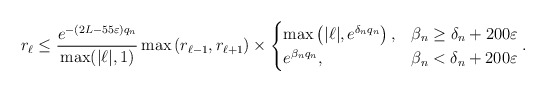
\begin{align*}r_{\ell} \leq \frac{e^{-( 2L-55 \varepsilon) q_{n}}}{\max (|\ell|, 1)} \max \left(r_{\ell-1}, r_{\ell+1}\right) \times \begin{cases}\max \left(|\ell|, e^{\delta_{n} q_{n}}\right), & \beta_{n} \geq \delta_{n}+200 \varepsilon \\ e^{\beta_{n} q_{n}}, & \beta_{n}<\delta_{n}+200 \varepsilon\end{cases}.\end{align*}